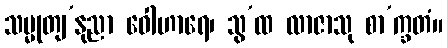
သမ္မုတျ’နုညာ ဝေါဟာရေ၊ သွ’ထ လာဇာသု စာ’က္ခတံ။